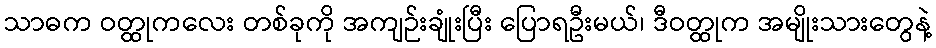
သာဓက ဝတ္ထုကလေး တစ်ခုကို အကျဉ်းချုံးပြီး ပြောရဦးမယ်၊ ဒီဝတ္ထုက အမျိုးသားတွေနဲ့